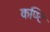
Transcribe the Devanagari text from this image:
कण्टि